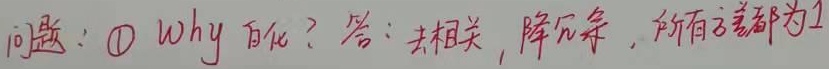
问题：\textcircled{1} why 白化？答：去相关，降冗余，所有方差都为1